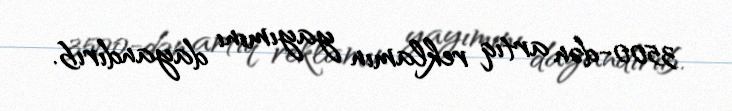
3500-dən artıq reklamın yayımını dayandırıb.